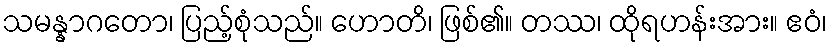
သမန္နာဂတော၊ ပြည့်စုံသည်။ ဟောတိ၊ ဖြစ်၏။ တဿ၊ ထိုရဟန်းအား။ ဧဝံ၊